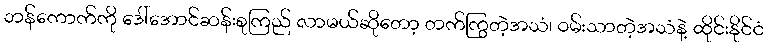
ဘန်ကောက်ကို ဒေါ်အောင်ဆန်းစုကြည် လာမယ်ဆိုတော့ တက်ကြွတဲ့အသံ၊ ဝမ်းသာတဲ့အသံနဲ့ ထိုင်းနိုင်ငံ